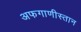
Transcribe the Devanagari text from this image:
अफगाणीस्तान